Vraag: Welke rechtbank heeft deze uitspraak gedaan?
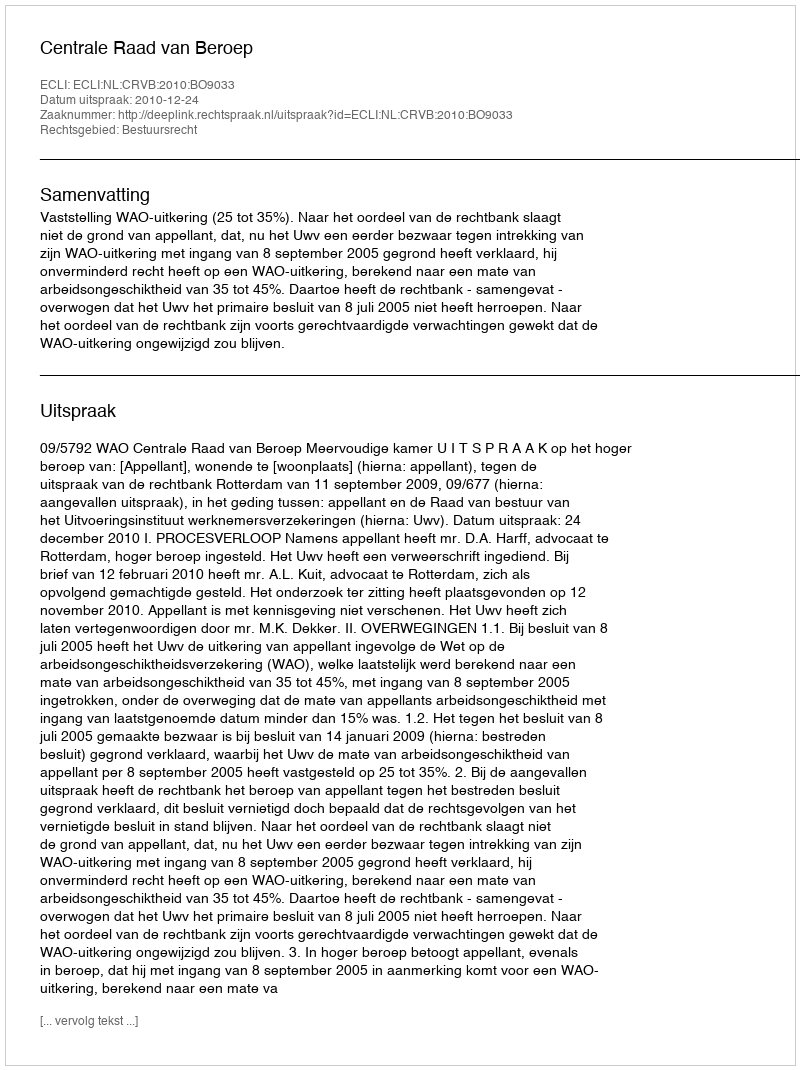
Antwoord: Centrale Raad van Beroep